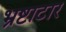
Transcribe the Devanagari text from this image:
भ्रष्टाटार